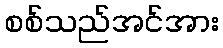
စစ်သည်အင်အား